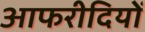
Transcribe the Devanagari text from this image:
आफरीदियों